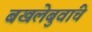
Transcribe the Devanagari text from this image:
बखलेबुवांचे